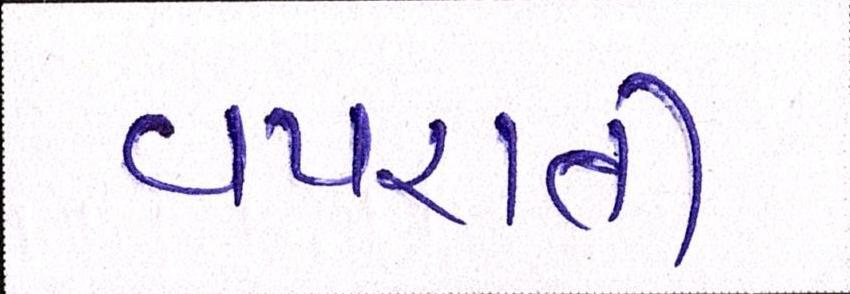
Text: વપરાતી